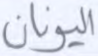
اليونان